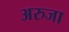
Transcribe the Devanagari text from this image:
अरुजा